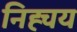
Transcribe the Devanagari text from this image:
निह्चय